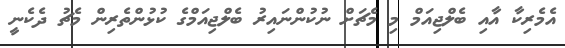
އެމެރިކާ އާއި ބެލްޖިއަމް މި މެޗަށް ނުކުންނައިރު ބެލްޖިއަމްގެ ކުޅުންތެރިން މެޗު ދެކެނީ